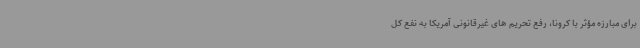
برای مبارزه مؤثر با کرونا، رفع تحریم های غیرقانونی آمریکا به نفع کل